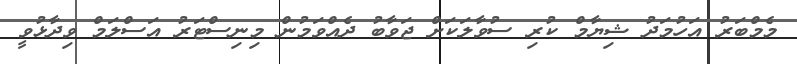
މެމްބަރު އަހުމަދު ޝިޔާމް ކުރި ސުވާލަކަށް ޖަވާބު ދެއްވަމުން މިނިސްޓަރު އަސްލަމް ވިދާޅުވީ